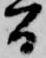
間